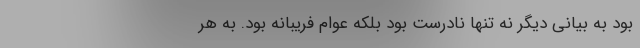
بود به بیانی دیگر نه تنها نادرست بود بلکه عوام فریبانه بود. به هر